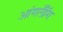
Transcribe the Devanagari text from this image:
आंगलॉँग